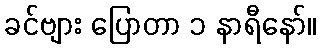
ခင်ဗျား ပြောတာ ၁ နာရီနော်။